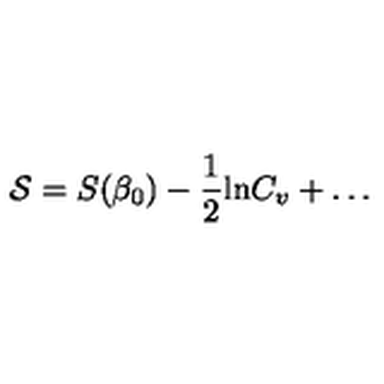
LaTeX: { \cal S } = S ( \beta _ { 0 } ) - \frac { 1 } { 2 } \mathrm { l n } { C _ { v } } + \ldots